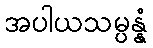
အပါယသမ္ပန္နံ